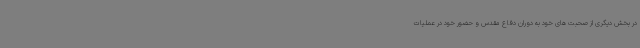
در بخش دیگری از صحبت های خود به دوران دفاع مقدس و حضور خود در عملیات